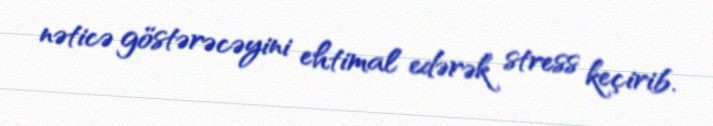
nəticə göstərəcəyini ehtimal edərək stress keçirib.